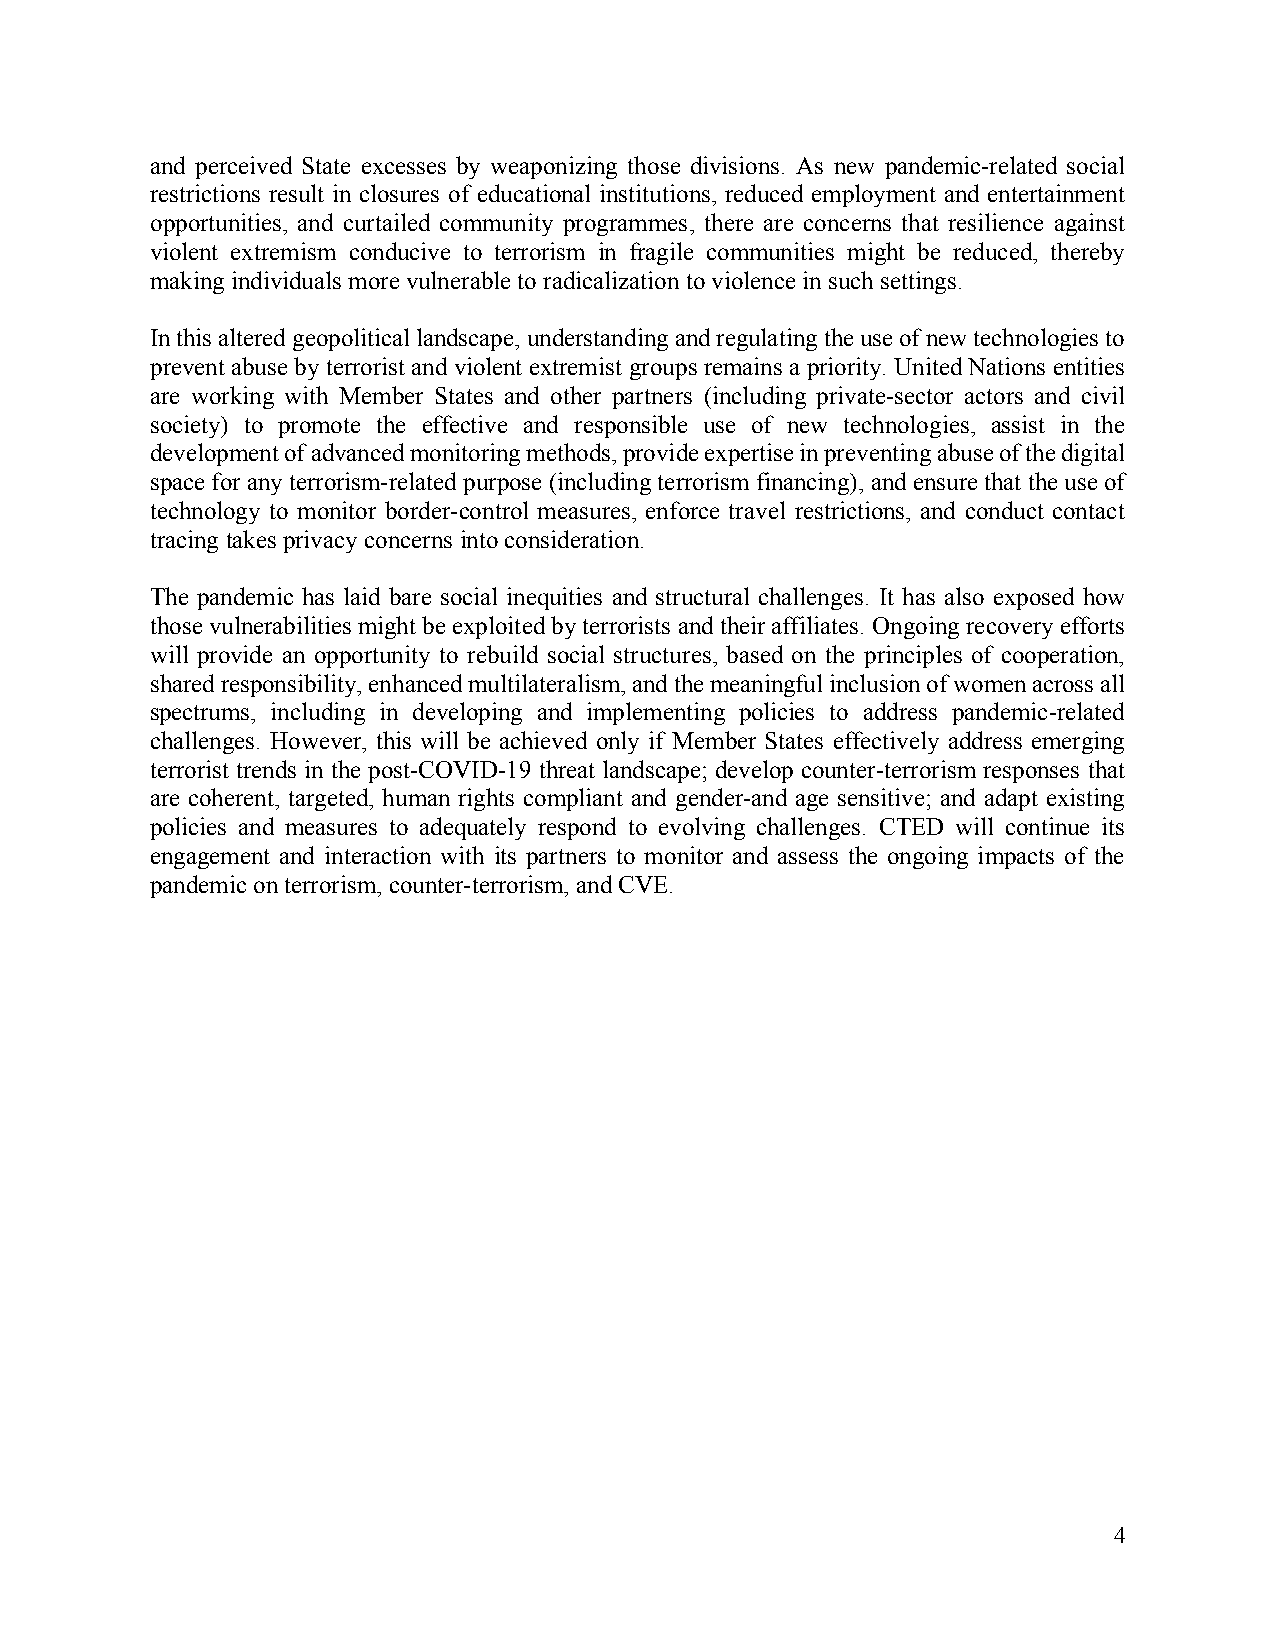
and perceived State excesses by weaponizing those divisions. As new pandemic-related social
 restrictions result in closures of educational institutions, reduced employment and entertainment
 opportunities, and curtailed community programmes, there are concerns that resilience against
 violent extremism conducive to terrorism in fragile communities might be reduced, thereby
 making individuals more vulnerable to radicalization to violence in such settings.
 In this altered geopolitical landscape, understanding and regulating the use of new technologies to
 prevent abuse by terrorist and violent extremist groups remains a priority. United Nations entities
 are working with Member States and other partners (including private-sector actors and civil
 society) to promote the effective and responsible use of new technologies, assist in the
 development of advanced monitoring methods, provide expertise in preventing abuse of the digital
 space for any terrorism-related purpose (including terrorism financing), and ensure that the use of
 technology to monitor border-control measures, enforce travel restrictions, and conduct contact
 tracing takes privacy concerns into consideration.
 The pandemic has laid bare social inequities and structural challenges. It has also exposed how
 those vulnerabilities might be exploited by terrorists and their affiliates. Ongoing recovery efforts
 will provide an opportunity to rebuild social structures, based on the principles of cooperation,
 shared responsibility, enhanced multilateralism, and the meaningful inclusion of women across all
 spectrums, including in developing and implementing policies to address pandemic-related
 challenges. However, this will be achieved only if Member States effectively address emerging
 terrorist trends in the post-COVID-19 threat landscape; develop counter-terrorism responses that
 are coherent, targeted, human rights compliant and gender-and age sensitive; and adapt existing
 policies and measures to adequately respond to evolving challenges. CTED will continue its
 engagement and interaction with its partners to monitor and assess the ongoing impacts of the
 pandemic on terrorism, counter-terrorism, and CVE.
 4